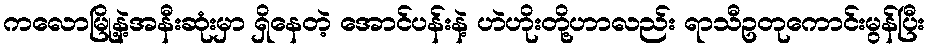
ကလောမြို့နဲ့အနီးဆုံးမှာ ရှိနေတဲ့ အောင်ပန်းနဲ့ ဟဲဟိုးတို့ဟာလည်း ရာသီဥတုကောင်းမွန်ပြီး